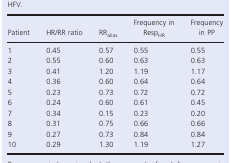
<table><thead><tr><td><b>Patient</b></td><td><b>HR/RR ratio</b></td><td><b>RR<sub>alias</sub></b></td><td><b>Frequency in Resp<sub>HR</sub></b></td><td><b>Frequency in PP</b></td></tr></thead><tbody><tr><td>1</td><td>0.45</td><td>0.57</td><td>0.55</td><td>0.55</td></tr><tr><td>2</td><td>0.55</td><td>0.60</td><td>0.63</td><td>0.63</td></tr><tr><td>3</td><td>0.41</td><td>1.20</td><td>1.19</td><td>1.17</td></tr><tr><td>4</td><td>0.36</td><td>0.60</td><td>0.64</td><td>0.64</td></tr><tr><td>5</td><td>0.23</td><td>0.73</td><td>0.72</td><td>0.72</td></tr><tr><td>6</td><td>0.24</td><td>0.60</td><td>0.61</td><td>0.45</td></tr><tr><td>7</td><td>0.34</td><td>0.15</td><td>0.23</td><td>0.20</td></tr><tr><td>8</td><td>0.31</td><td>0.75</td><td>0.66</td><td>0.66</td></tr><tr><td>9</td><td>0.27</td><td>0.73</td><td>0.84</td><td>0.84</td></tr><tr><td>10</td><td>0.29</td><td>1.30</td><td>1.19</td><td>1.27</td></tr></tbody></table>